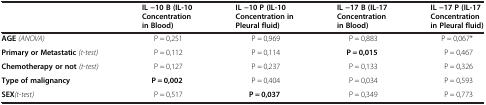
<table><thead><tr><td><b> </b></td><td><b>IL −10 B (IL-10 Concentration in Blood)</b></td><td><b>IL −10 P (IL-10 Concentration in Pleural fluid)</b></td><td><b>IL −17 B (IL-17 Concentration in Blood)</b></td><td><b>IL −17 P (IL-17 Concentration in Pleural fluid)</b></td></tr></thead><tbody><tr><td><b>AGE</b><i>(ANOVA)</i></td><td>P = 0,251</td><td>P = 0,969</td><td>P = 0,883</td><td>P = 0,067*</td></tr><tr><td><b>Primary or Metastatic</b><i>(t-test)</i></td><td>P = 0,112</td><td>P = 0,114</td><td><b>P = 0,015</b></td><td>P = 0,467</td></tr><tr><td><b>Chemotherapy or not</b><i>(t-test)</i></td><td>P = 0,127</td><td>P = 0,237</td><td>P = 0,133</td><td>P = 0,326</td></tr><tr><td><b>Type of malignancy</b></td><td><b>P = 0,002</b></td><td>P = 0,404</td><td>P = 0,034</td><td>P = 0,593</td></tr><tr><td><b>SEX</b><i>(t-test)</i></td><td>P = 0,517</td><td><b>P = 0,037</b></td><td>P = 0,349</td><td>P = 0,773</td></tr></tbody></table>